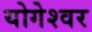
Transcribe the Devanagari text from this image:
योगेश्‍वर